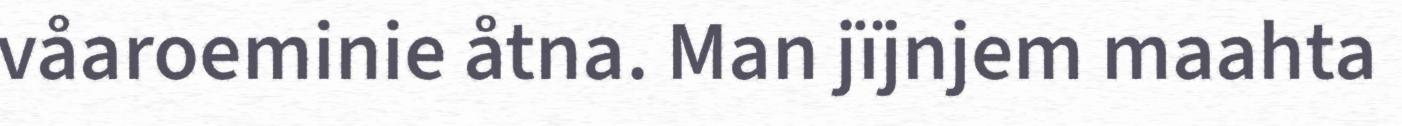
våaroeminie åtna. Man jïjnjem maahta